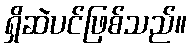
ရှိဆဲပင်ဖြစ်သည်။